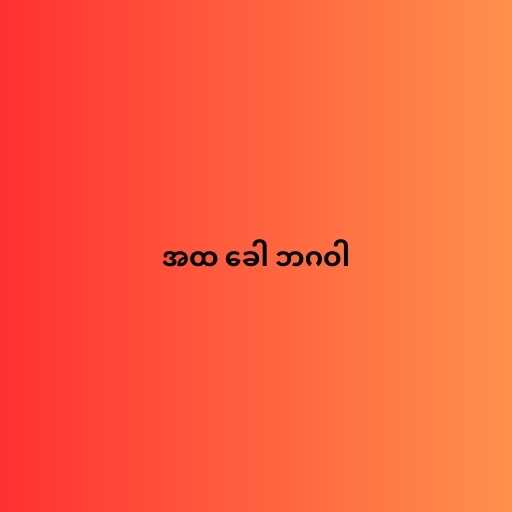
အထ ခေါ ဘဂဝါ